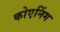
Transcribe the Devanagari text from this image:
कोएनिंग